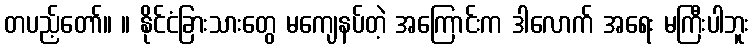
တပည့်တော်။ ။ နိုင်ငံခြားသားတွေ မကျေနပ်တဲ့ အကြောင်းက ဒါလောက် အရေး မကြီးပါဘူး